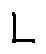
L